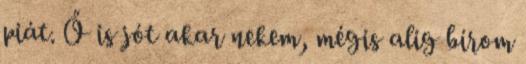
piát. Ő is jót akar nekem, mégis alig bírom